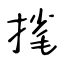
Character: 毮